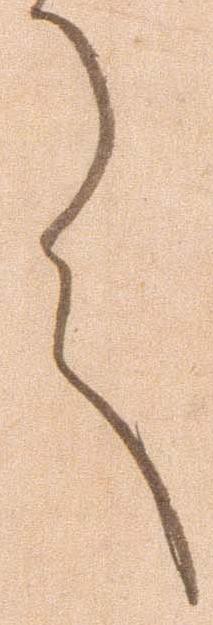
言